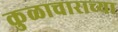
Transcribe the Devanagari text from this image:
कुळाचाराच्या